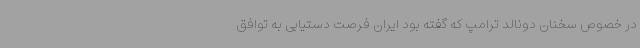
در خصوص سخنان دونالد ترامپ که گفته بود ایران فرصت دستیابی به توافق